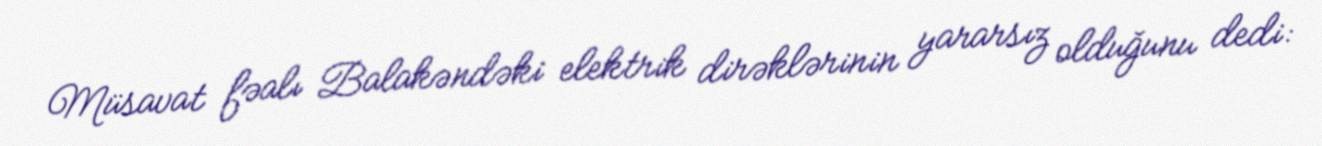
Müsavat fəalı Balakəndəki elektrik dirəklərinin yararsız olduğunu dedi: